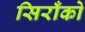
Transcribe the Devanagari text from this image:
सिराँको